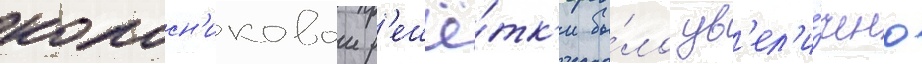
колосн'иковои р'ешё́тк'и бы́ло ув'ел'и́чено